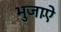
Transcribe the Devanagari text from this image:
भुजाऐं